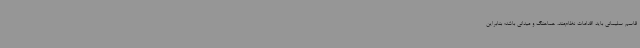
قاسم سلیمانی باید اقدامات نظام‌مند، هماهنگ و میدانی باشد؛ بنابراین